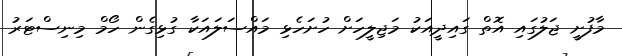
މާފުށީ ޖަލުގައި އޮތް ގައިދީއަކު މަޖިލީހަށް ހުށަހެޅި މައްސަލައަކާ ގުޅިގެން ހޯމް މިނިސްޓަރު